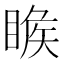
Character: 𥈑